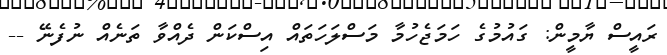
ރައީސް ޔާމީން: ގައުމުގެ ހަމަޖެހުމާ މަސްލަހަތައް އިސްކަން ދެއްވާ ތަނެއް ނުފެނޭ --